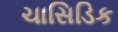
ચાસિડિક